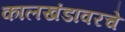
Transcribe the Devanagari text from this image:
कालखंडावरचे